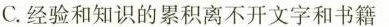
C.经验和知识的累积离不开文字和书籍